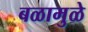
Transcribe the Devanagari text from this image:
बळामुळे